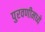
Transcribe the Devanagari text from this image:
पुरवणीमध्ये